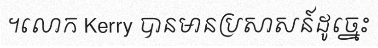
។លោក Kerry បានមានប្រសាសន៍ដូច្នេះ